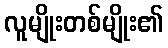
လူမျိုးတစ်မျိုး၏